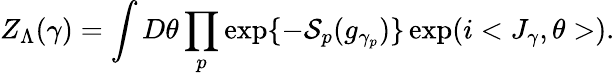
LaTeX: Z_{\Lambda}(\gamma)=\int D\theta\prod_{p}\exp\{ -{\cal S}_{p}(g_{\gamma_{p}})\} \exp(i<J_{\gamma},\theta>).